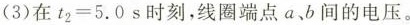
(3)在$$t_{2}=5.0s$$时刻，线圈端点a、b间的电压。